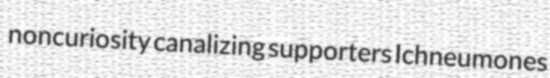
noncuriosity canalizing supporters Ichneumones